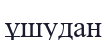
ұшудан